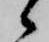
候